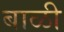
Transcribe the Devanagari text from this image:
बाळी